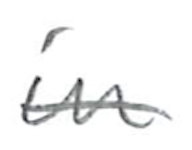
Text: in
Cross-out: mix
Writing tool: pencil